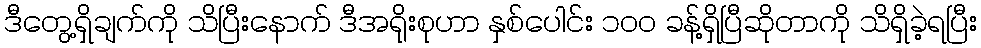
ဒီတွေ့ရှိချက်ကို သိပြီးနောက် ဒီအရိုးစုဟာ နှစ်ပေါင်း ၁၀၀ ခန့်ရှိပြီဆိုတာကို သိရှိခဲ့ရပြီး